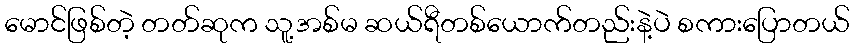
မောင်ဖြစ်တဲ့ တတ်ဆုက သူ့အစ်မ ဆယ်ရီတစ်ယောက်တည်းနဲ့ပဲ စကားပြောတယ်